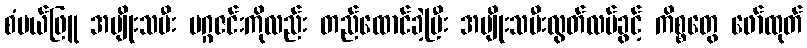
စံပယ်ဖြူ အမျိုးသမီး မဂ္ဂဇင်းကိုလည်း တည်ထောင်ခဲ့ပြီး အမျိုးသမီးလွတ်လပ်ခွင့် ကိစ္စတွေ ဖော်ထုတ်